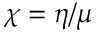
\chi = \eta / \mu